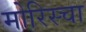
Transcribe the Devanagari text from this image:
मोरिस्चा